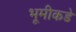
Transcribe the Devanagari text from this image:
भूमीकडे